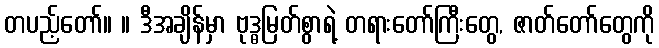
တပည့်တော်။ ။ ဒီအချိန်မှာ ဗုဒ္ဓမြတ်စွာရဲ့ တရားတော်ကြီးတွေ, ဇာတ်တော်တွေကို